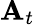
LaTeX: \textbf{A}_{t}